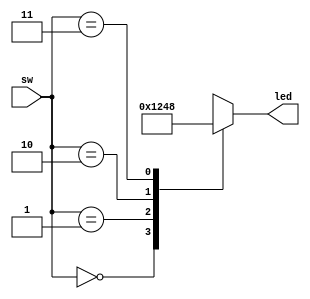
`timescale 1ns / 1ps
//////////////////////////////////////////////////////////////////////////////////
// Company: 
// Engineer: 
// 
// Design Name: 
// Module Name: test
// Project Name: 
// Target Devices: 
// Tool Versions: 
// Description: 
// 
// Dependencies: 
// 
// Revision:
// Revision 0.01 - File Created
// Additional Comments:
// 
//////////////////////////////////////////////////////////////////////////////////


module test(
    input [1:0] sw,
    output [3:0] led
    );
    
reg [3:0] H;
assign led = H;
always @(sw)
    case(sw)
    2'b00: H=4'b0001; // Note that 4'b0001 means "4" bits of "0001"
    2'b01: H=4'b0010;
    2'b10: H=4'b0100;
    2'b11: H=4'b1000;
    endcase

endmodule